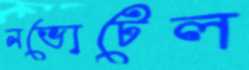
নভোটেল